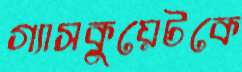
গ্যাসকুয়েটকে